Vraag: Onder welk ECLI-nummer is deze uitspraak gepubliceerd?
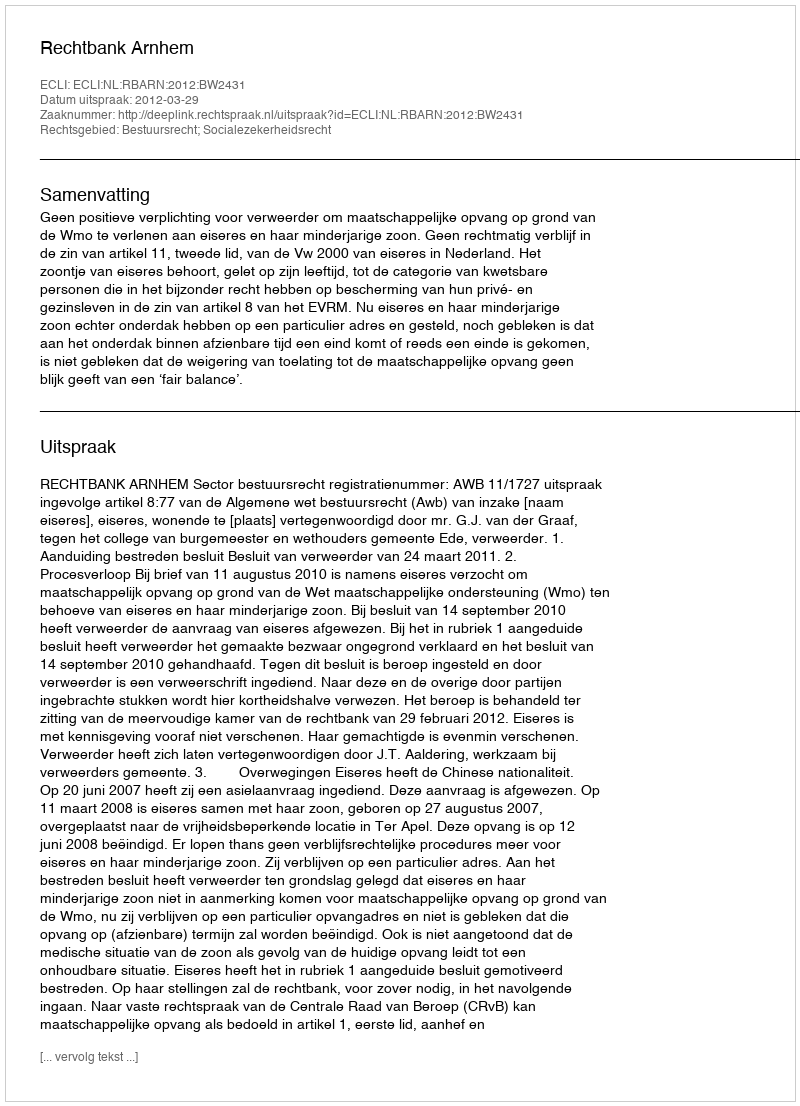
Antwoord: ECLI:NL:RBARN:2012:BW2431